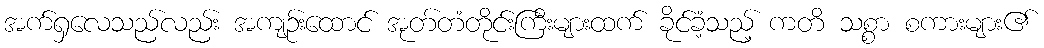
အက်ရှလေသည်လည်း အကျဉ်းထောင် အုတ်တံတိုင်းကြီးများထက် ခိုင်ခံ့သည့် ကတိ သစ္စာ စကားများ၏